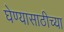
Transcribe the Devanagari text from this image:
घेण्यासाठीच्या